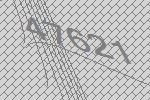
47621